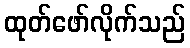
ထုတ်ဖော်လိုက်သည်